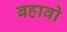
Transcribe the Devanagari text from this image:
बहावो